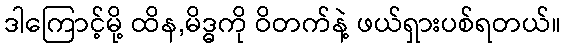
ဒါကြောင့်မို့ ထိန,မိဒ္ဓကို ဝိတက်နဲ့ ဖယ်ရှားပစ်ရတယ်။